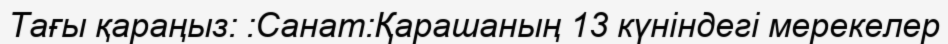
Тағы қараңыз: :Санат:Қарашаның 13 күніндегі мерекелер